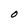
Character: o